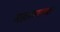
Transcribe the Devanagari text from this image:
महात्म्याच्या